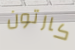
كارتون